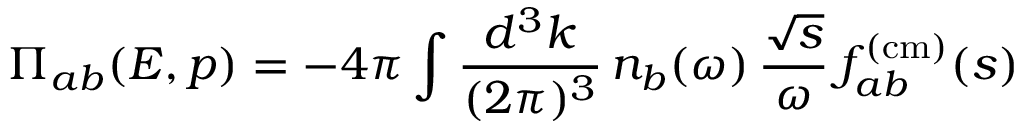
\Pi _ { a b } ( E , p ) = - 4 \pi \int \frac { d ^ { 3 } k } { ( 2 \pi ) ^ { 3 } } \, n _ { b } ( \omega ) \, \frac { \sqrt { s } } { \omega } \, f _ { a b } ^ { ( \mathrm { c m ) } } ( s )